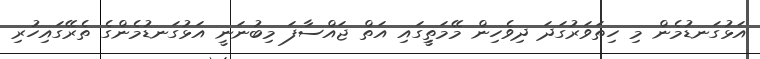
އަޅުގަނޑުމެން މި ހިތަވަރުގަދަ ދިވެހިން މޭމަތިީގައި އަތް ޖައްސާފަ މިބުނަނީ އަޅުގަނޑުމެންގެ ތެރޭގައިހުރި